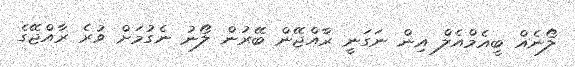
ލޯނެއް ބީއެމްއެލް އިން ނަގަނީ ރާއްޖޭން ބޭރުން ލޯނު ނެގުމަށް ވުރެ ރާއްޖޭގެ